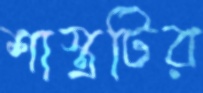
শাস্ত্রটির